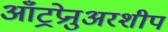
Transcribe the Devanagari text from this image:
आँट्रप्रेनुअरशीप